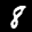
Label: 8